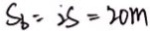
S _ { b } = 2 S = 2 0 m